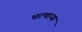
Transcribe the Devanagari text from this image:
घटणाऱ्या